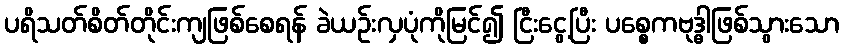
ပရိသတ်စိတ်တိုင်းကျဖြစ်စေရန် ခဲယဉ်းလှပုံကိုမြင်၍ ငြီးငွေ့ပြီး ပစ္စေကဗုဒ္ဓါဖြစ်သွားသော